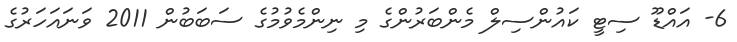
6- އައްޑޫ ސިޓީ ކައުންސިލް މެންބަރުންގެ މި ނިންމެވުމުގެ ސަބަބުން 2011 ވަނައަހަރުގެ